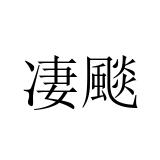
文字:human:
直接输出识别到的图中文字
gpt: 凄颷